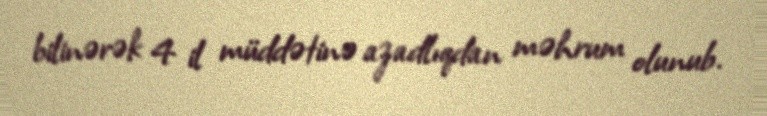
bilinərək 4 il müddətinə azadlıqdan məhrum olunub.